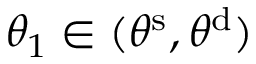
\theta _ { 1 } \in ( \theta ^ { \mathrm { s } } , \theta ^ { \mathrm { d } } )